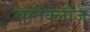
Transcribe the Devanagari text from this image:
सांतेक्लॉज़